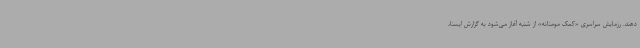
دهند. رزمایش سراسری «کمک مومنانه» از شنبه آغاز می‌شود به گزارش ایسنا،